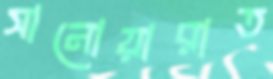
সানোয়ারাত